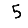
Digit: 5